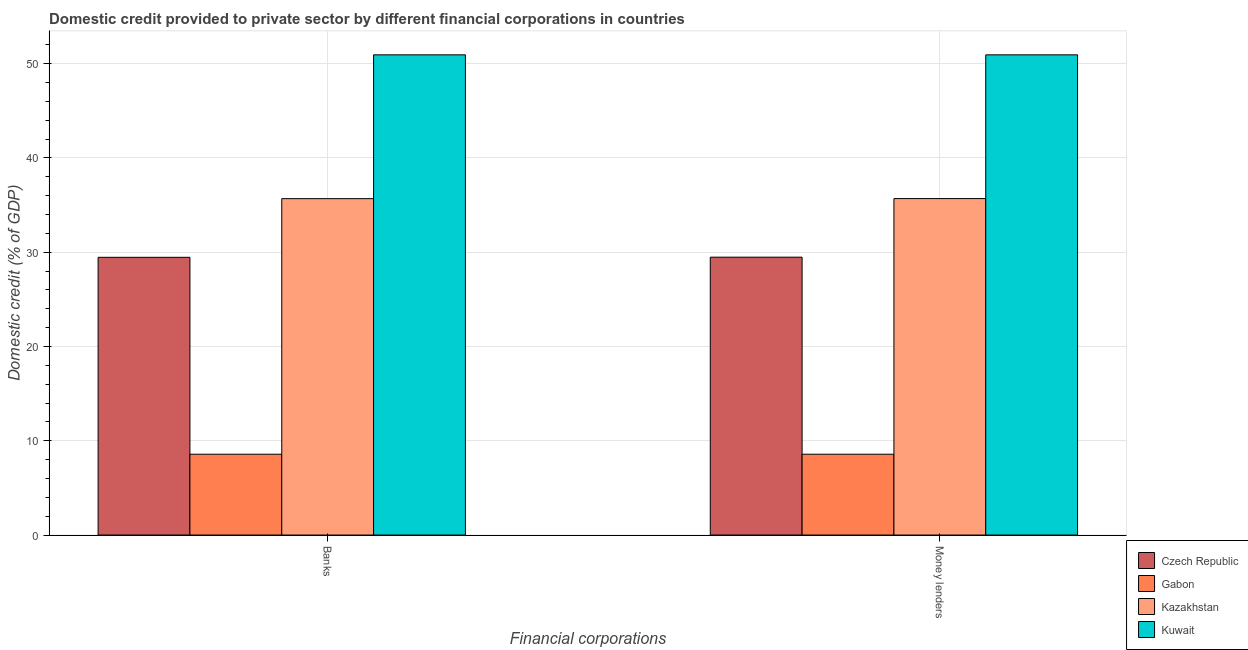
| Financial corporations | Czech Republic | Gabon | Kazakhstan | Kuwait |
 | --- | --- | --- | --- | --- |
 | Banks | 29.5 | 8.57 | 35.7 | 50.9 |
 | Money lenders | 29.5 | 8.57 | 35.7 | 50.9 |